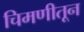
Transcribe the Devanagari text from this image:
चिमणीतून